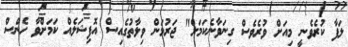
ލަފާ ކުރެވެނީ މިއަށް ވުރެވެސް ގިނަވާނެކަމަށް" ޖަރުމަން ވިލާތުގެއިސް އޮފިޝަލެއް ކަމަށްވާ ހެންސް